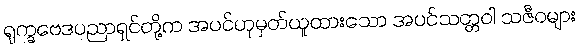
ရုက္ခဗေဒပညာရှင်တို့က အပင်ဟုမှတ်ယူထားသော အပင်သတ္တဝါ သဇီဝများ